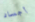
أجساد